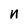
Character: n